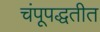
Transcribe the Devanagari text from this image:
चंपूपद्धतीत